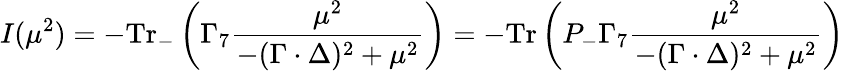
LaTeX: I(\mu^{2})=-\mathrm{Tr}_{-}\left(\Gamma_{7}\frac{\mu^{2}}{-(\Gamma\cdot\Delta)^{2}+\mu^{2}}\right)=-\mathrm{Tr}\left(P_{-}\Gamma_{7}\frac{\mu^{2}}{-(\Gamma\cdot\Delta)^{2}+\mu^{2}}\right)